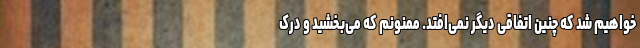
خواهیم شد که چنین اتفاقی دیگر نمی‌افتد. ممنونم که می‌بخشید و درک